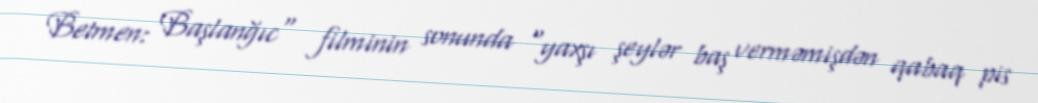
Betmen: Başlanğıc" filminin sonunda "yaxşı şeylər baş verməmişdən qabaq pis